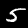
Digit: 5